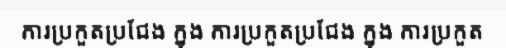
ការប្រកួតប្រជែង ក្នុង ការប្រកួតប្រជែង ក្នុង ការប្រកួត